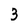
Character: 3